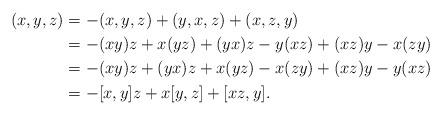
LaTeX: \begin{align*} (x,y,z)&=-(x,y,z)+(y,x,z)+(x,z,y)&\\ &=-(xy)z+x(yz)+(yx)z-y(xz)+(xz)y-x(zy)&\\ &=-(xy)z+(yx)z+x(yz)-x(zy)+(xz)y-y(xz)&\\ &=-[x,y]z+x[y,z]+[xz,y].\end{align*}